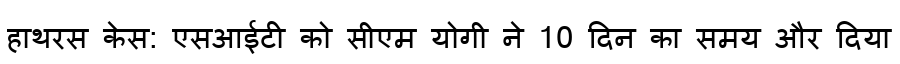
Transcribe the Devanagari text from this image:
हाथरस केस: एसआईटी को सीएम योगी ने 10 दिन का समय और दिया